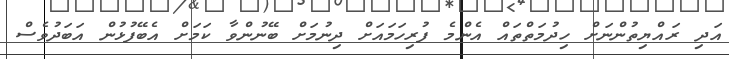
އަދި ރައްޔިތުންނަށް ހިދުމަތްތައް އެންމެ ފުރިހަމައަށް ދިނުމަށް ބޭނުންވާ ކަމަށް އެބޭފުޅުން އަބަދުވެސް